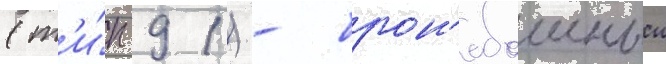
(т'и́п 91) - брон'ебоиныи